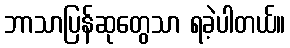
ဘာသာပြန်ဆုတွေသာ ရခဲ့ပါတယ်။